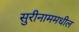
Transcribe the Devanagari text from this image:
सुरीनाममधील